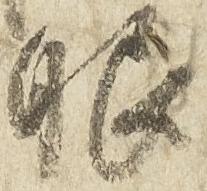
眼